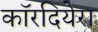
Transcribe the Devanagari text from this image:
कॉरदियेरा